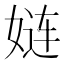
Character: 𮱇